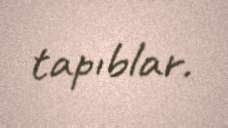
tapıblar.